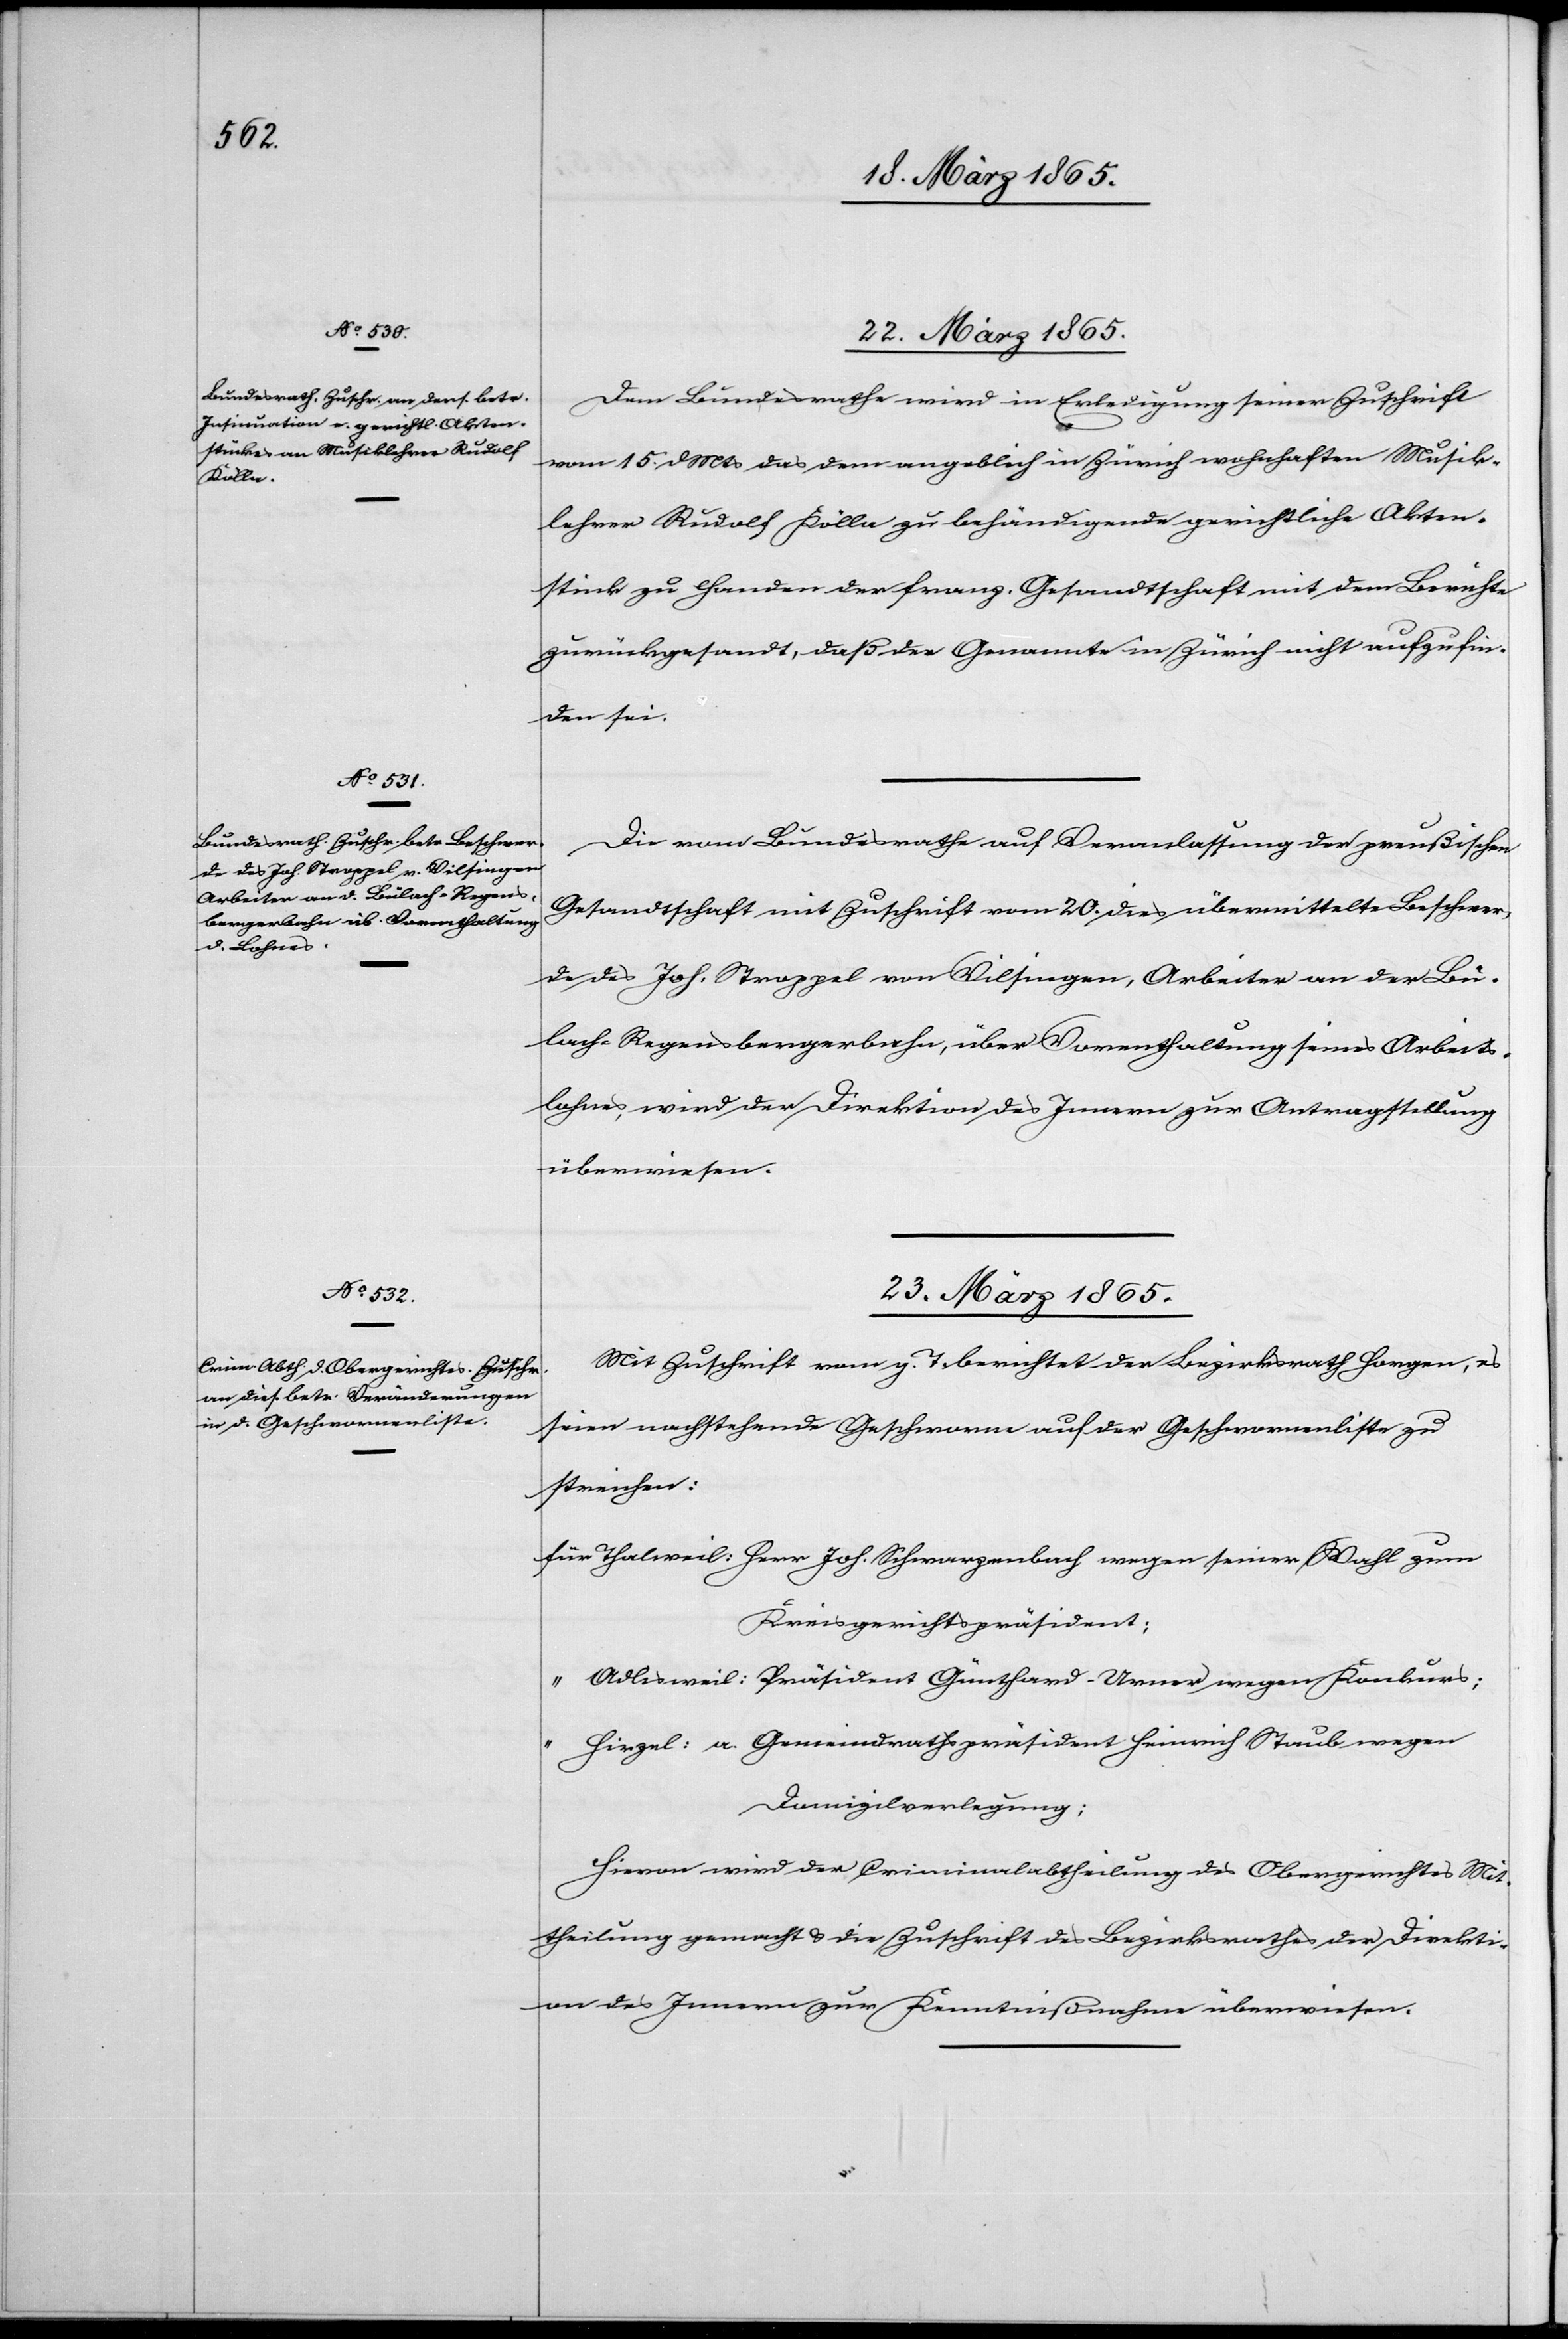
22. März 1865.]
Dem Bundesrathe wird in Erledigung seiner Zuschrift
vom 15. d Mts das dem angeblich in Zürich wohnhaften Musik¬
lehrer Rudolf Kölla zu behändigende gerichtliche Akten¬
stück zu Handen der franz. Gesandtschaft mit dem Berichte
zurückgesandt, daß der Genannte in Zürich nicht aufzufin¬
den sei.
Die vom Bundesrathe auf Veranlassung der preußischen
Gesandtschaft mit Zuschrift vom 20. dies übermittelte Beschwer¬
de des Joh. Stroppel von Vilsingen, Arbeiter an der Bü¬
lach-Regensbergerbahn, über Vorenthaltung seines Arbeits¬
lohnes, wird der Direktion des Innern zur Antragstellung
überwiesen.
23. März 1865.
Mit Zuschrift vom g. T. berichtet der Bezirksrath Horgen, es
seien nachstehende Geschworne auf der Geschwornenliste zu
streichen:
für Thalweil: Herr Joh. Schwarzenbach wegen seiner Wahl zum
Kreisgerichtspräsident;
Adlisweil: Präsident Günthard-Urner wegen Konkurs;
“
Hirzel: a. Gemeindrathspräsident Heinrich Staub wegen
Domizilverlegung;
Hievon wird der Criminalabtheilung des Obergerichtes Mit¬
theilung gemacht & die Zuschrift des Bezirksrathes der Direkti¬
on des Innern zur Kenntnißnahme überwiesen.